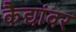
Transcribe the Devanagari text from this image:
कैद्यांवर